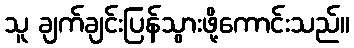
သူ ချက်ချင်းပြန်သွားဖို့ကောင်းသည်။